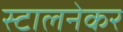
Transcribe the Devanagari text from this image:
स्टालनेकर